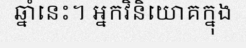
ឆ្នាំនេះ។ អ្នកវិនិយោគក្នុង